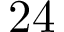
2 4